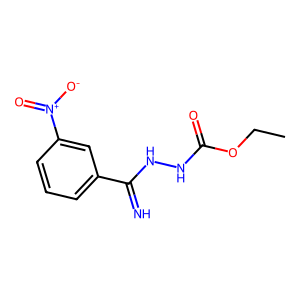
SMILES: CCOC(=O)NNC(=N)c1cccc([N+](=O)[O-])c1
Inhibits HIV replication: No